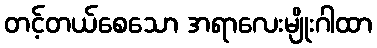
တင့်တယ်စေသော အရာလေးမျိုးဂါထာ